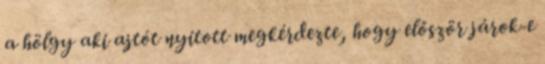
a hölgy aki ajtót nyitott megkérdezte, hogy először járok-e